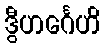
ဒွီဟင်္ဂေဟိ